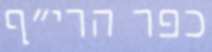
כפר הרי"ף